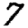
Digit: 7